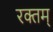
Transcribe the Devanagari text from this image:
रक्तम्